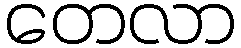
တေလာ